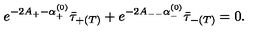
e ^ { - 2 A _ { + } - \alpha _ { + } ^ { ( 0 ) } } \bar { \tau } _ { + ( T ) } + e ^ { - 2 A _ { -- } \alpha _ { - } ^ { ( 0 ) } } \bar { \tau } _ { - ( T ) } = 0 .